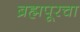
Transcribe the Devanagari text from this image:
ब्रह्मपूरचा